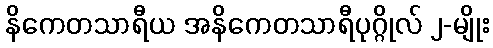
နိကေတသာရီယ အနိကေတသာရီပုဂ္ဂိုလ် ၂-မျိုး